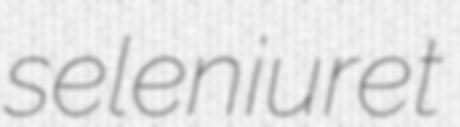
seleniuret